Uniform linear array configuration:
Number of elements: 64
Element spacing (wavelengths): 1
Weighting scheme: kaiser
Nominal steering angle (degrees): -15
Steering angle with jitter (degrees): -15.347
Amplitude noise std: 0.05
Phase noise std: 0.05

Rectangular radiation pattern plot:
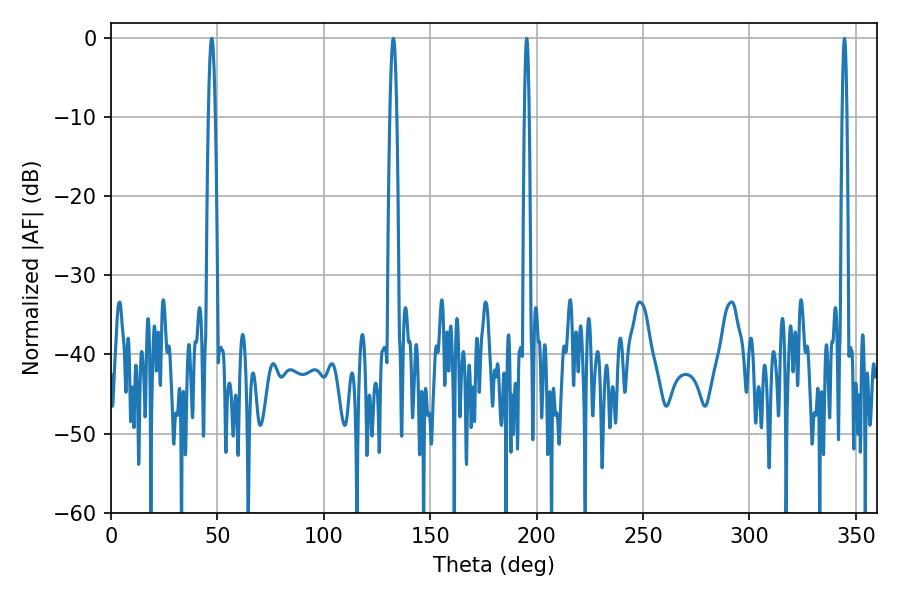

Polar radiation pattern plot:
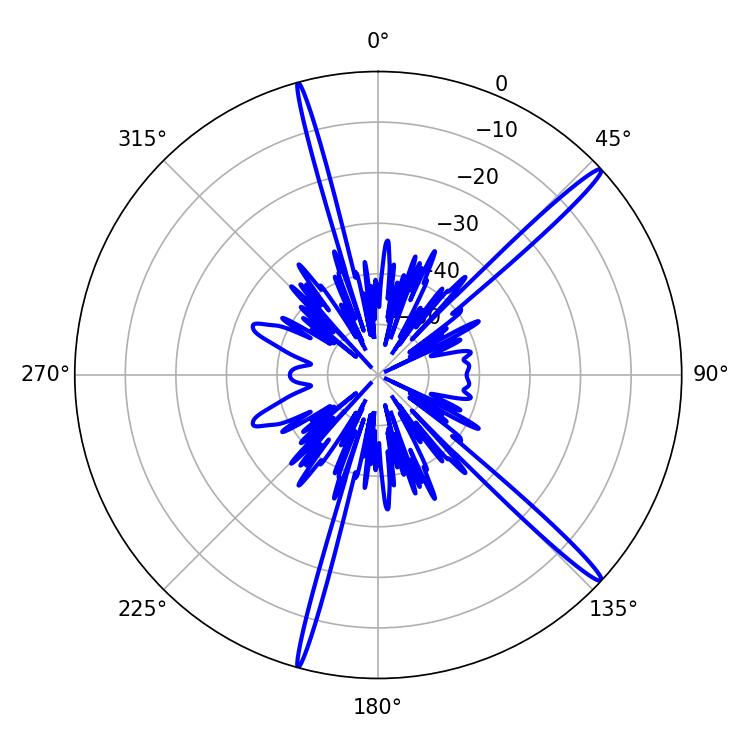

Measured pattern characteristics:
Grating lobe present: TRUE
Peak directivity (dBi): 17.22
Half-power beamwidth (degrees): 1.8
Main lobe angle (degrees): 47.34